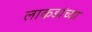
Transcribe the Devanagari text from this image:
लाकडांच्या